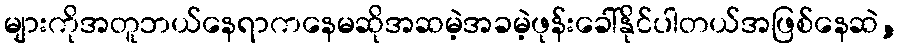
များကိုအတူဘယ်နေရာကနေမဆိုအဆမဲ့အခမဲ့ဖုန်းခေါ်နိုင်ပါတယ်အဖြစ်နေဆဲ,